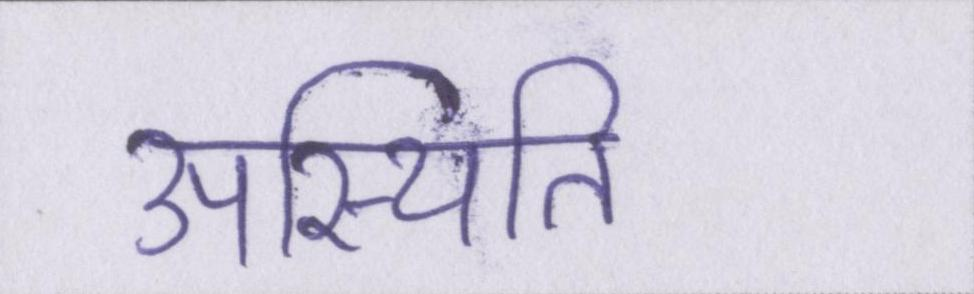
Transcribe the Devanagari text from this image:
उपस्थिति